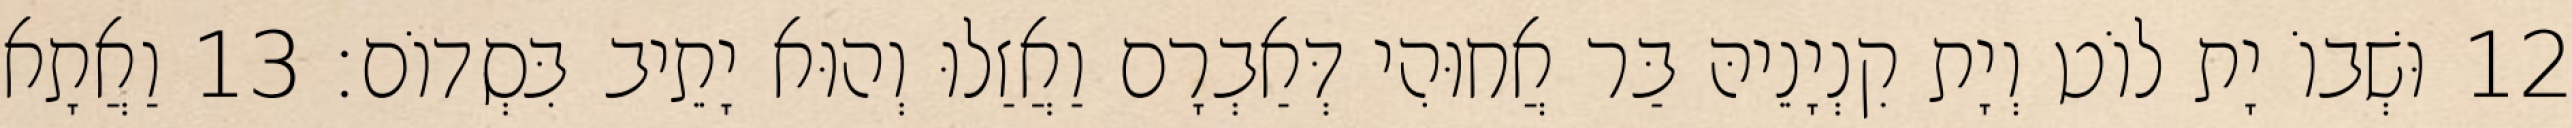
12 וּשְׁבוֹ יָת לוֹט וְיָת קִנְיָנֵיהּ בַּר אֲחוּהִי דְּאַבְרָם וַאֲזַלוּ וְהוּא יָתֵיב בִּסְדוֹם׃ 13 וַאֲתָא